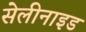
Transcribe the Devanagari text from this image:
सेलीनाइड